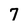
Character: 7